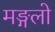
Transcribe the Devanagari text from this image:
मङ्गलो